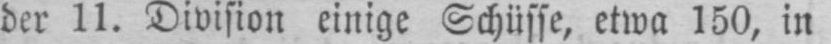
der 11. Division einige Schüsse, etwa 150, in